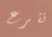
تقرع